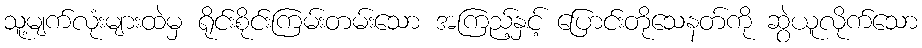
သူ့မျက်လုံးများထဲမှ ရိုင်းစိုင်းကြမ်းတမ်းသော အကြည့်နှင့် ပြောင်းတိုသေနတ်ကို ဆွဲယူလိုက်သော